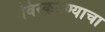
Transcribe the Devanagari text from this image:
विस्कटण्याचा